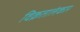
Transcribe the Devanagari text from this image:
विक्रतालंकार